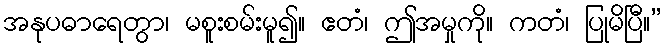
အနုပဓာရေတွာ၊ မစူးစမ်းမူ၍။ ဧတံ၊ ဤအမှုကို။ ကတံ၊ ပြုမိပြီ။”